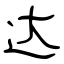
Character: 达